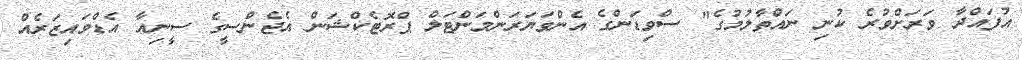
އުފައްދާ ވަރަށްވުރެ ކުނި ނައްތާލުމުގެ" ސްވިޑަންގެ އެންވަޔަރަންމަންޓަލް ޕްރޮޓެކްޝަން އެޖެންސީގެ ސީނިއާ އެޑްވައިޒަރެއް